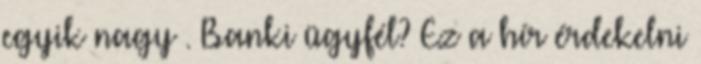
egyik nagy . Banki ügyfél? Ez a hír érdekelni